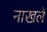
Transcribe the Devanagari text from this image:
नाखले